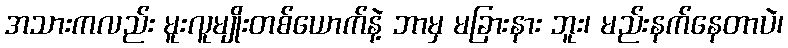
အသားကလည်း မူးလူမျိုးတစ်ယောက်နဲ့ ဘာမှ မခြားနား ဘူး၊ မည်းနက်နေတာပဲ၊